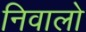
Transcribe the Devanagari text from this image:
निवालो